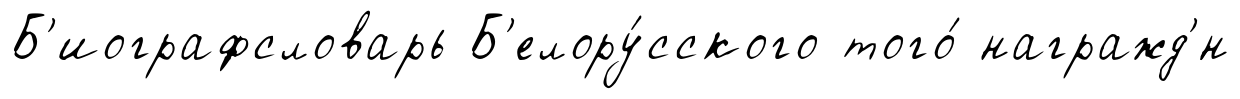
Б'иографсловарь Б'елору́сского того́ награжд'́н